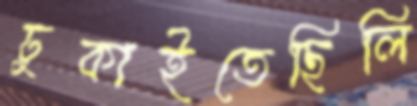
ঢুকাইতেছিলি